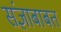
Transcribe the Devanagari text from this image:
संज्ञाबाबत